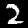
Label: 2